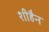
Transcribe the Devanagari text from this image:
शीहैन